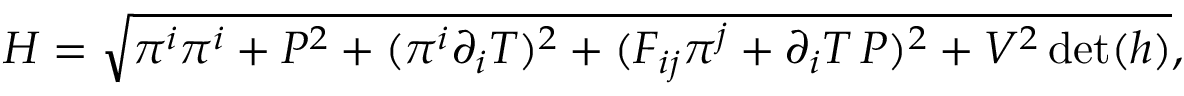
{ \cal H } = \sqrt { \pi ^ { i } \pi ^ { i } + P ^ { 2 } + ( \pi ^ { i } \partial _ { i } T ) ^ { 2 } + ( F _ { i j } \pi ^ { j } + \partial _ { i } T \, P ) ^ { 2 } + V ^ { 2 } \operatorname * { d e t } ( h ) } ,